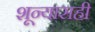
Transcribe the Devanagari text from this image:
शून्यासही